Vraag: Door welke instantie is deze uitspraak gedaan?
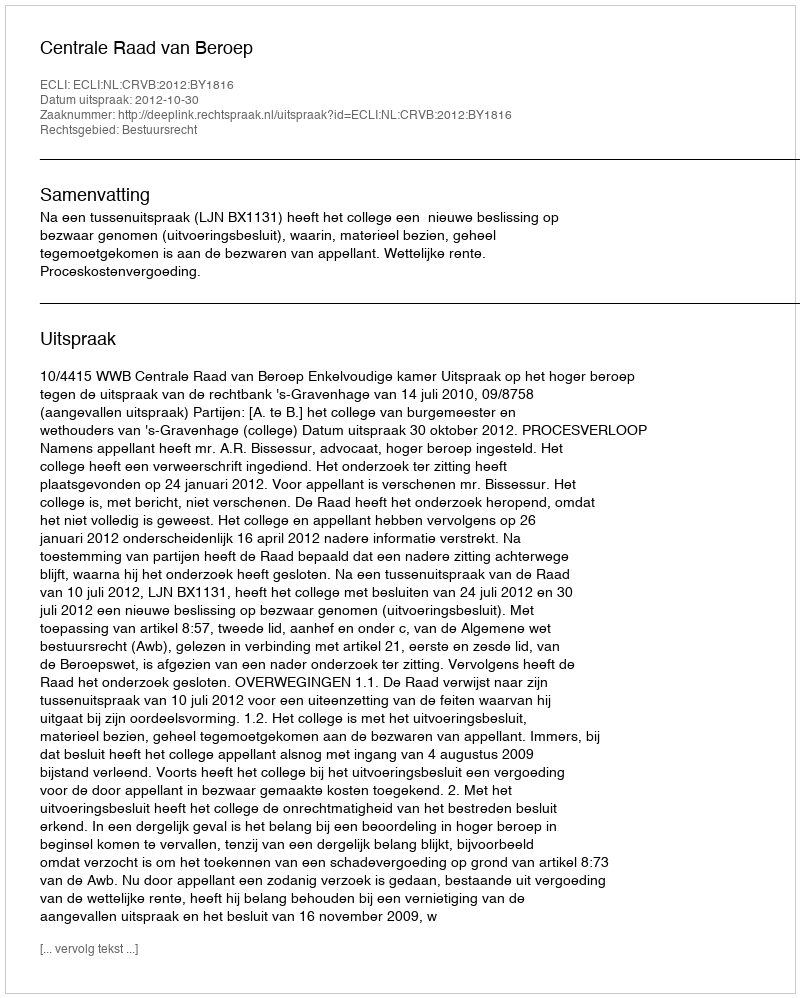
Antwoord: Centrale Raad van Beroep